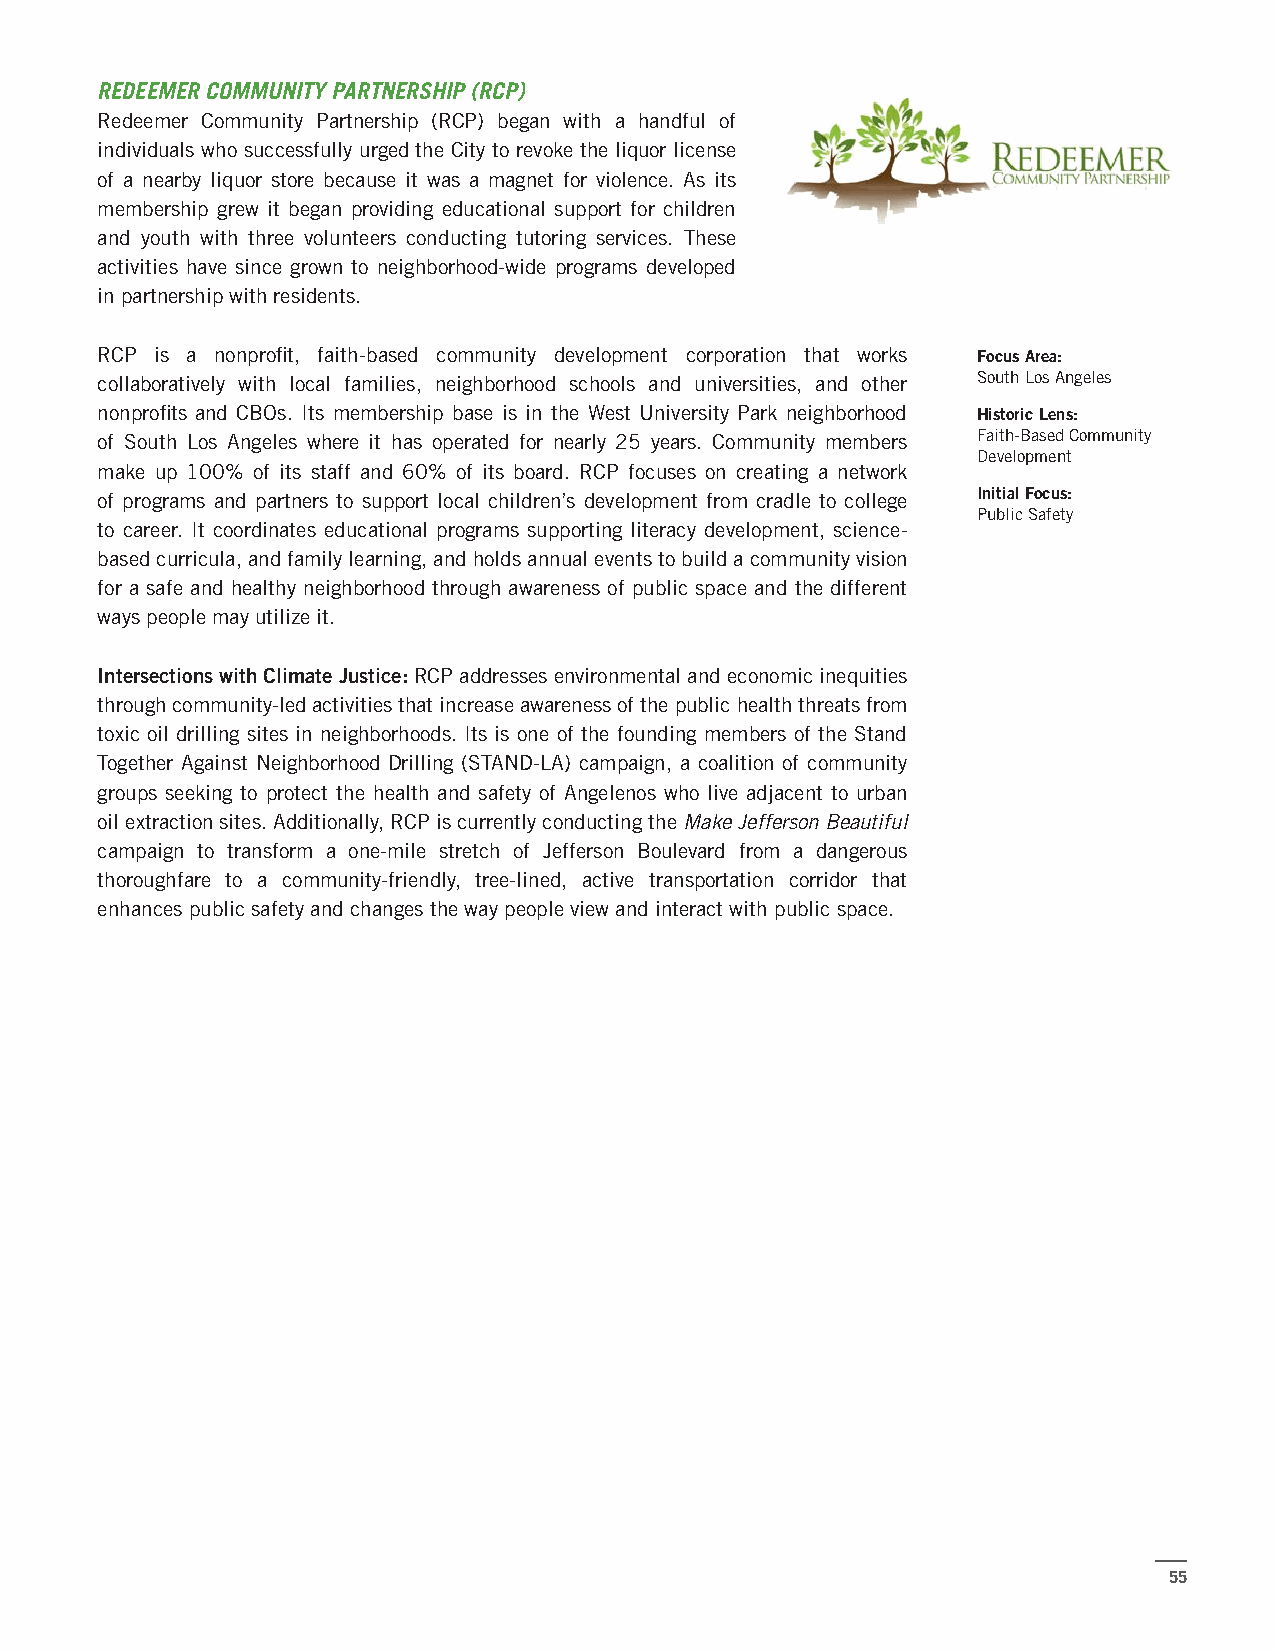
REDEEMER COMMUNITY PARTNERSHIP (RCP)
 Redeemer Community Partnership (RCP) began with a handful of
 individuals who successfully urged the City to revoke the liquor license
 of a nearby liquor store because it was a magnet for violence. As its
 membership grew it began providing educational support for children
 and youth with three volunteers conducting tutoring services. These
 activities have since grown to neighborhood-wide programs developed
 in partnership with residents.
 RCP is a nonprofit, faith-based community development corporation that works Focus Area:
 collaboratively with local families, neighborhood schools and universities, and other South Los Angeles
 nonprofits and CBOs. Its membership base is in the West University Park neighborhood Historic Lens:
 of South Los Angeles where it has operated for nearly 25 years. Community members Faith-Based Community
 Development
 make up 100% of its staff and 60% of its board. RCP focuses on creating a network
 of programs and partners to support local children’s development from cradle to college Initial Focus:
 Public Safety
 to career. It coordinates educational programs supporting literacy development, science-
 based curricula, and family learning, and holds annual events to build a community vision
 for a safe and healthy neighborhood through awareness of public space and the different
 ways people may utilize it.
 Intersections with Climate Justice: RCP addresses environmental and economic inequities
 through community-led activities that increase awareness of the public health threats from
 toxic oil drilling sites in neighborhoods. Its is one of the founding members of the Stand
 Together Against Neighborhood Drilling (STAND-LA) campaign, a coalition of community
 groups seeking to protect the health and safety of Angelenos who live adjacent to urban
 oil extraction sites. Additionally, RCP is currently conducting the Make Jefferson Beautiful
 campaign to transform a one-mile stretch of Jefferson Boulevard from a dangerous
 thoroughfare to a community-friendly, tree-lined, active transportation corridor that
 enhances public safety and changes the way people view and interact with public space.
 55